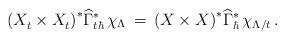
LaTeX: \begin{align*}\left(X^{}_t \times X^{}_t\right)^*\!\widehat\Gamma_{t\hbar}^*\,\chi_\Lambda \,=\,\left(X\times X\right)^*\!\widehat\Gamma_\hbar^*\,\chi_{\Lambda/t}\,.\end{align*}